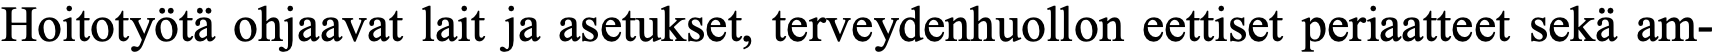
Hoitotyötä ohjaavat lait ja asetukset, terveydenhuollon eettiset periaatteet sekä am-